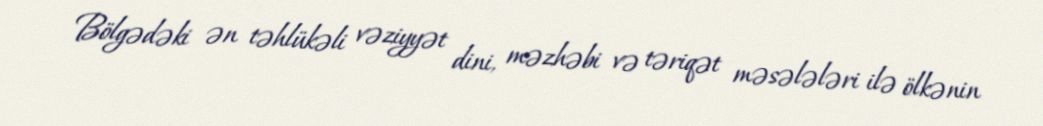
Bölgədəki ən təhlükəli vəziyyət dini, məzhəbi və təriqət məsələləri ilə ölkənin